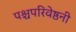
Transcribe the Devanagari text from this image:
पश्चपरिवेष्ठनी